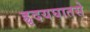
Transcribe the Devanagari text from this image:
ह्रृदयघातसे